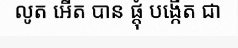
លូត អើត បាន ផ្តុំ បង្កើត ជា